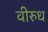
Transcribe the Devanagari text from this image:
वीरुध